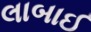
લાબાઈ